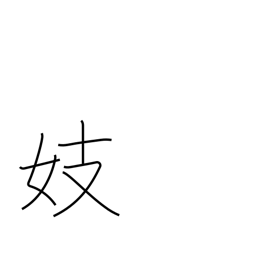
Meaning: singing girl